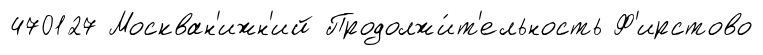
470127 Москван'ижн'ий Продолжи́т'ельность Ф'ирстово